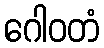
ဂေါဝတံ